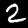
Digit: 2